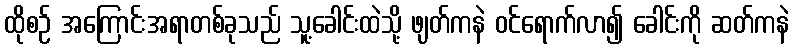
ထိုစဉ် အကြောင်းအရာတစ်ခုသည် သူ့ခေါင်းထဲသို့ ဖျတ်ကနဲ ဝင်ရောက်လာ၍ ခေါင်းကို ဆတ်ကနဲ